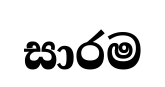
සාරම